Civil Veterinary Dept. Assam report 1927-50 - 1927-1950
Year: 1927
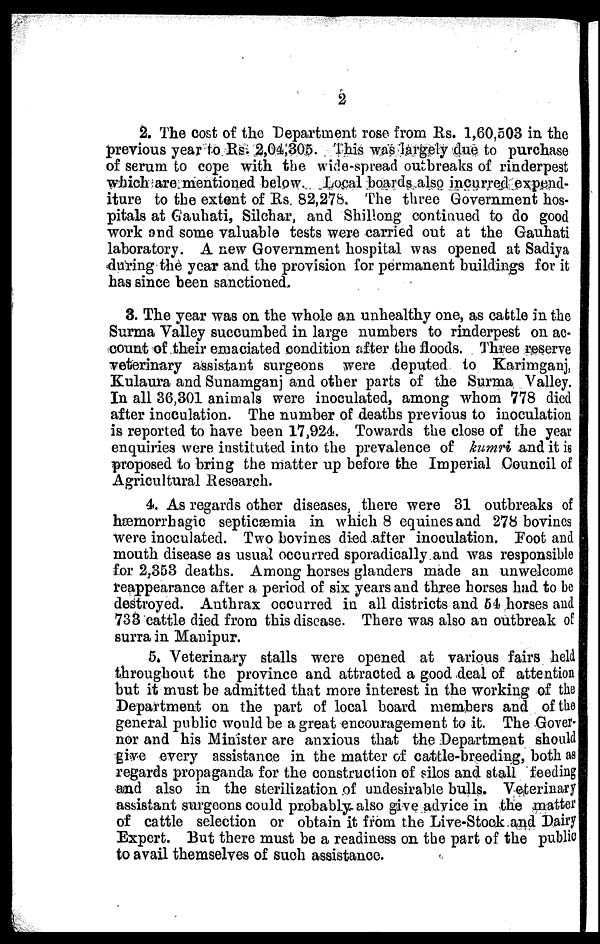
2
2. The cost of the Department rose from Rs. 1,60,503 in the
previous year to Rs. 2,04,305. This was largely clue to purchase
of serum to cope with the wide-spread outbreaks of rinderpest
which are mentioned below. Local boards also incurred expend-
iture to the extent of Rs. 82,27b. The three Government hos-
pitals at Gauhati, Silchar, and Shillong continued to do good
work and some valuable tests were carried out at the Gauhati
laboratory. A new Government hospital was opened at Sadiya
during the year and the provision for permanent buildings for it
has since been sanctioned.
3. The year was on the whole an unhealthy one, as cattle in the
Surma Valley succumbed in large numbers to rinderpest on ac-
count of their emaciated condition after the floods. Three reserve
veterinary assistant surgeons were deputed to Karimganj,
Kulaura and Sunamganj and other parts of the Surma Valley.
In all 36,301 animals were inoculated, among whom 778 died
after inoculation. The number of deaths previous to inoculation
is reported to have been 17,924. Towards the close of the year
enquiries were instituted into the prevalence of kumri and it is
proposed to bring the matter up before the Imperial Council of
Agricultural Research.
4. As regards other diseases, there were 31 outbreaks of
hæmorrhagic septicæmia in which 8 equines and 278 bovines
were inoculated. Two bovines died after inoculation. Foot and
mouth disease as usual occurred sporadically and was responsible
for 2,353 deaths. Among horses glanders made an unwelcome
reappearance after a period of six years and three horses had to be
destroyed. Anthrax occurred in all districts and 61 horses and
733 cattle died from this disease. There was also an outbreak of
surra in Manipur.
5. Veterinary stalls were opened at various fairs held
throughout the province and attracted a good deal of attention
but it must be admitted that more interest in the working of the
Department on the part of local board members and of the
general public would be a great encouragement to it. The Gover-
nor and his Minister are anxious that the Department should
give every assistance in the matter of cattle-breeding, both as
regards propaganda for the construction of silos and stall feeding
and also in the sterilization of undesirable bulls. Veterinary
assistant surgeons could probably also give advice in the matter
of cattle selection or obtain it from the Live-Stock and Dairy
Expert. But there must be a readiness on the part of the public
to avail themselves of such assistance.